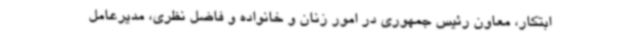
ابتکار، معاون رئیس جمهوری در امور زنان و خانواده و فاضل نظری، مدیرعامل